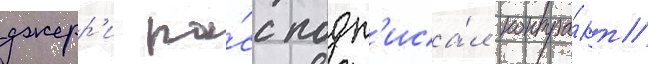
джерр'и ро́сс подп'иса́л контра́кт